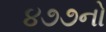
૪૭૭નો